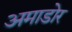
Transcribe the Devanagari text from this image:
अमाडोर